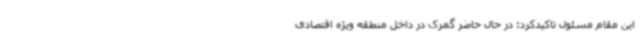
این مقام مسئول تاکیدکرد: در حال حاضر گمرک در داخل منطقه ویژه اقتصادی